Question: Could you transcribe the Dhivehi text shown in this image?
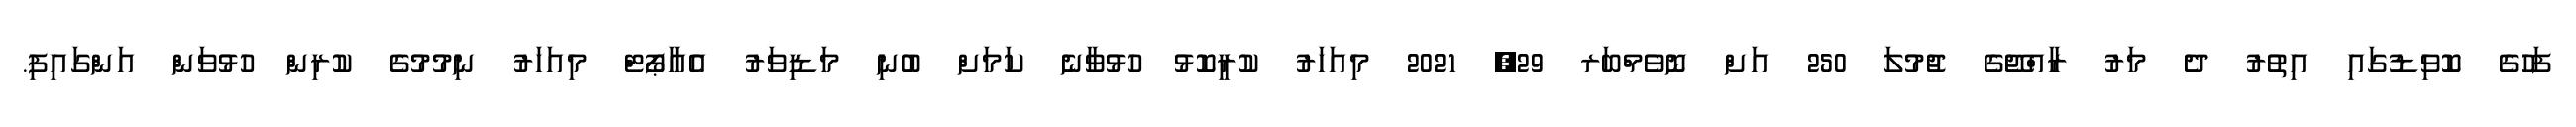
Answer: ފަހުގެ ކޮވިޑުގައި އިތުރު ދެ މަރު ރާއްޖޭގެ ޖުމުލަ 250 އަށް ނޮވެމްބަރ 29, 2021 މިއަހަރު ކުރީކޮޅު ހުޅުވާނެ ކަމަށް ބުނި މަޑިވަރު އެއާޕޯޓް މިއަހަރު ނިމުމުގެ ކުރިން ހުޅުވަން އަންގައިފި.